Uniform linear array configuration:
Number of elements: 16
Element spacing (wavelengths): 1
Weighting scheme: binomial
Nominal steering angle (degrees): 0
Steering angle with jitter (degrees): -0.7815
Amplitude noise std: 0.05
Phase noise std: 0.05

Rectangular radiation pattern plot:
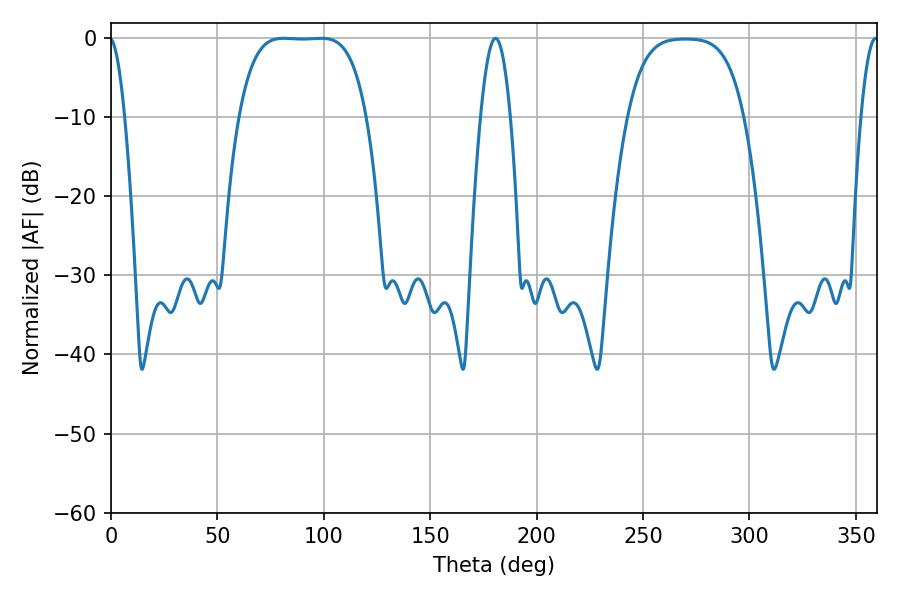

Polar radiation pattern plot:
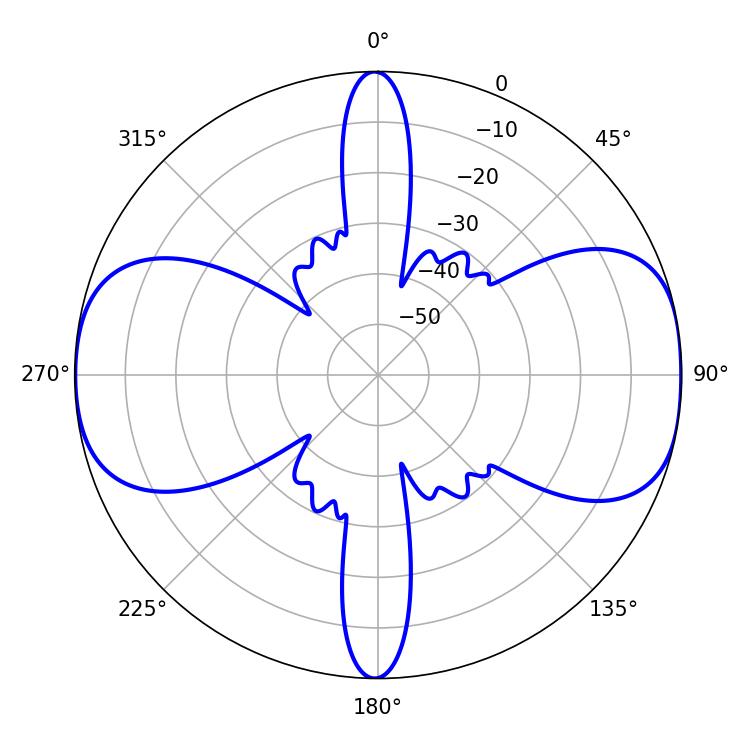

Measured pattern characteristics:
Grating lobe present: TRUE
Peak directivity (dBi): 11.897
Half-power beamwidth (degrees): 45.72
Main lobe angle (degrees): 81.18